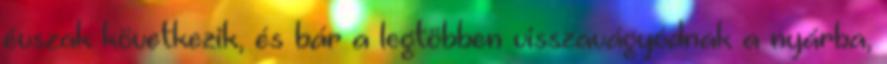
évszak következik, és bár a legtöbben visszavágyódnak a nyárba,